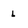
Character: l